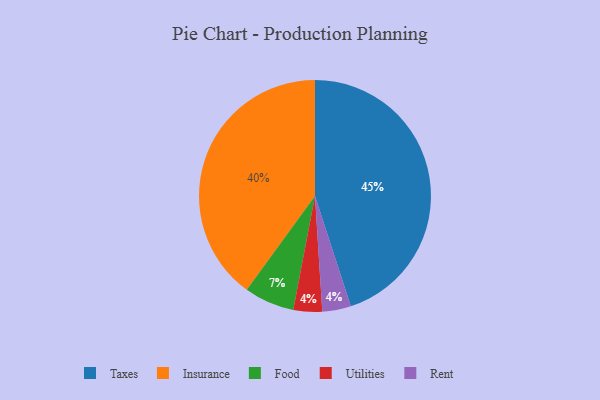
{"axis": {"x": "Category", "y": "Percentage"}, "legend": ["Food", "Insurance", "Rent", "Taxes", "Utilities"], "data": [{"x": "Insurance", "y": 40, "type": "Insurance"}, {"x": "Utilities", "y": 4, "type": "Utilities"}, {"x": "Food", "y": 7, "type": "Food"}, {"x": "Taxes", "y": 45, "type": "Taxes"}, {"x": "Rent", "y": 4, "type": "Rent"}]}